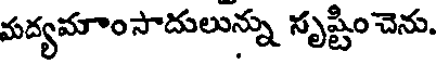
మద్యమాంసాదులున్ను సృష్టించెను.